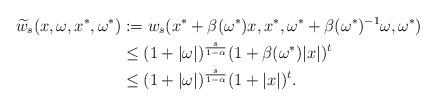
LaTeX: \begin{align*} \widetilde w_s(x,\omega,x^\ast,\omega^\ast) & := w_s(x^\ast+\beta(\omega^\ast)x,x^\ast,\omega^\ast+\beta(\omega^\ast)^{-1}\omega,\omega^\ast) \\& \leq (1+|\omega|)^{\frac{s}{1-\alpha}}(1+\beta(\omega^\ast)|x|)^{t} \\&\leq (1+|\omega|)^{\frac{s}{1-\alpha}}(1+|x|)^{t}. \end{align*}